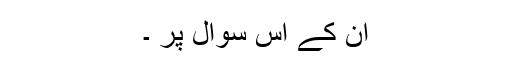
ان کے اس سوال پر ۔